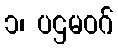
၁၊ ပဌမဝဂ်